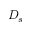
D _ { s }